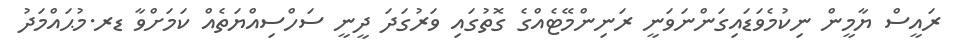
ރައީސް ޔާމީން ނިކުމެވަޑައިގަންނަވަނީ ރަނިންމޭޓެއްގެ ގޮތުގައި ވަރުގަދަ ދީނީ ސަހްސިއްޔަތެއް ކަމަށްވާ ޑރ.މުޙައްމަދު